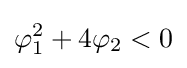
\varphi _{1}^{2}+4\varphi _{2}<0